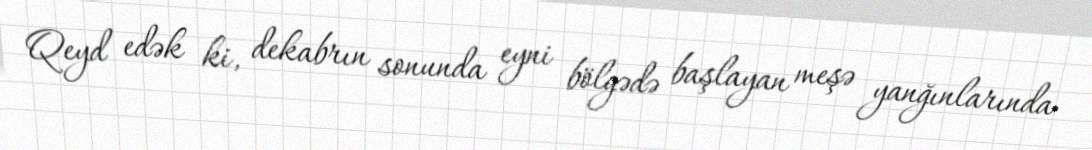
Qeyd edək ki, dekabrın sonunda eyni bölgədə başlayan meşə yanğınlarında